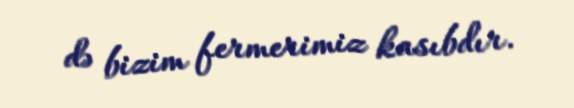
də bizim fermerimiz kasıbdır.